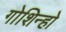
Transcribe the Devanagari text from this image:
गोशिन्हो